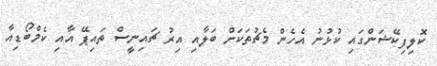
ކޮލިފިކޭޝަންގައި ކުޅުނު އެހެން މެޗުތަކަށް ބަލާއި އިރު ޗައިނީސް ތައިޕޭ އާއި ކެމްބޯޑިއާ